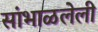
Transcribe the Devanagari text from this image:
सांभाळलेली